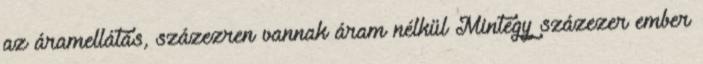
az áramellátás, százezren vannak áram nélkül Mintegy százezer ember